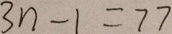
3 n - 1 = 7 7